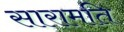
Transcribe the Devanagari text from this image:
सारामति